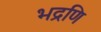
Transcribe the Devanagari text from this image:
भद्रणि